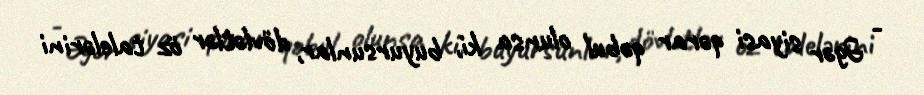
- Əgər siyasi qərar qəbul olunsa ki, buyursunlar, dövlətlər öz talelərini